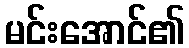
မင်းအောင်၏